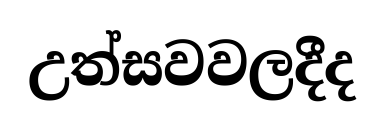
උත්සවවලදීද